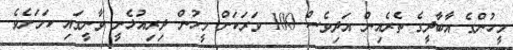
މީހުންގެ އާބާދީގެ ތެރެއިން އަދިވެސް 100 ވަރަކަށް މީހުން ދިރިއުޅެނީ ވާނީގައި ކަމަށެވެ.